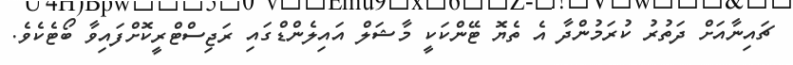
ޗައިނާއަށް ދަތުރު ކުރަމުންދާ އެ ތެޔޮ ޓޭންކަކީ މާޝަލް އައިލެންޑްގައި ރަޖިސްޓްރީކޮށްފައިވާ ބޯޓެކެވެ.